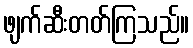
ဖျက်ဆီးတတ်ကြသည်။